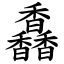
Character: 馫